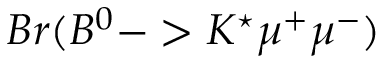
B r ( B ^ { 0 } - > K ^ { \star } \mu ^ { + } \mu ^ { - } )